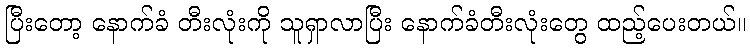
ပြီးတော့ နောက်ခံ တီးလုံးကို သူရှာလာပြီး နောက်ခံတီးလုံးတွေ ထည့်ပေးတယ်။